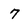
Character: 7